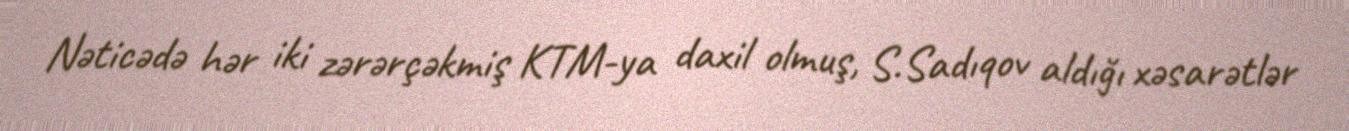
Nəticədə hər iki zərərçəkmiş KTM-ya daxil olmuş, S.Sadıqov aldığı xəsarətlər